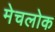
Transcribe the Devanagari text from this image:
मेचलोक